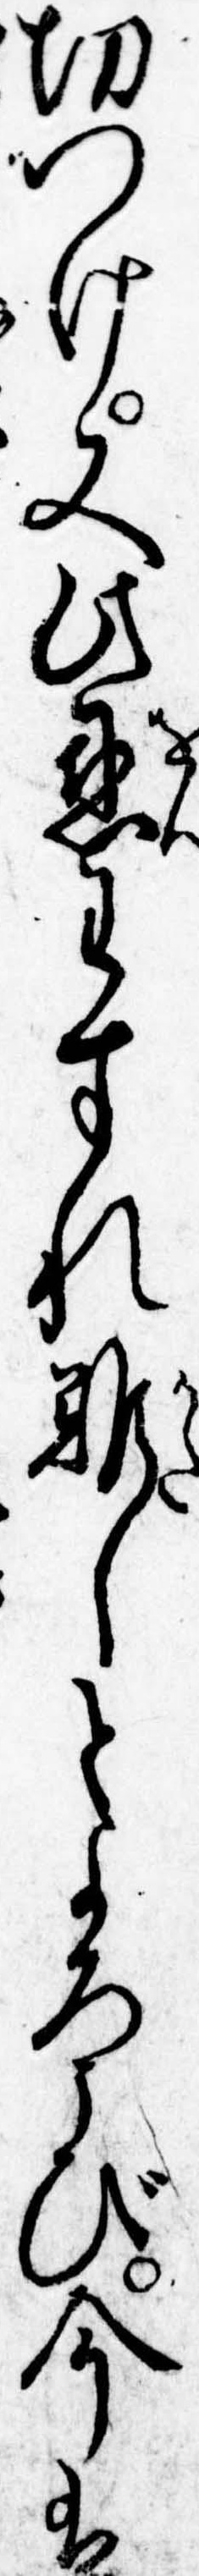
切つけ又此恩わすれ難しとよろこび今は